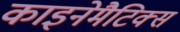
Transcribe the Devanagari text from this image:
काइनेमैटिक्स